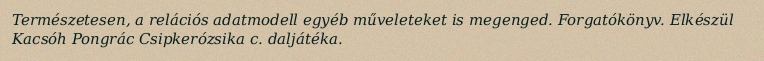
Természetesen, a relációs adatmodell egyéb műveleteket is megenged. Forgatókönyv. Elkészül Kacsóh Pongrác Csipkerózsika c. daljátéka.